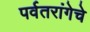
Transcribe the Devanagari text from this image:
पर्वतरांगेचे